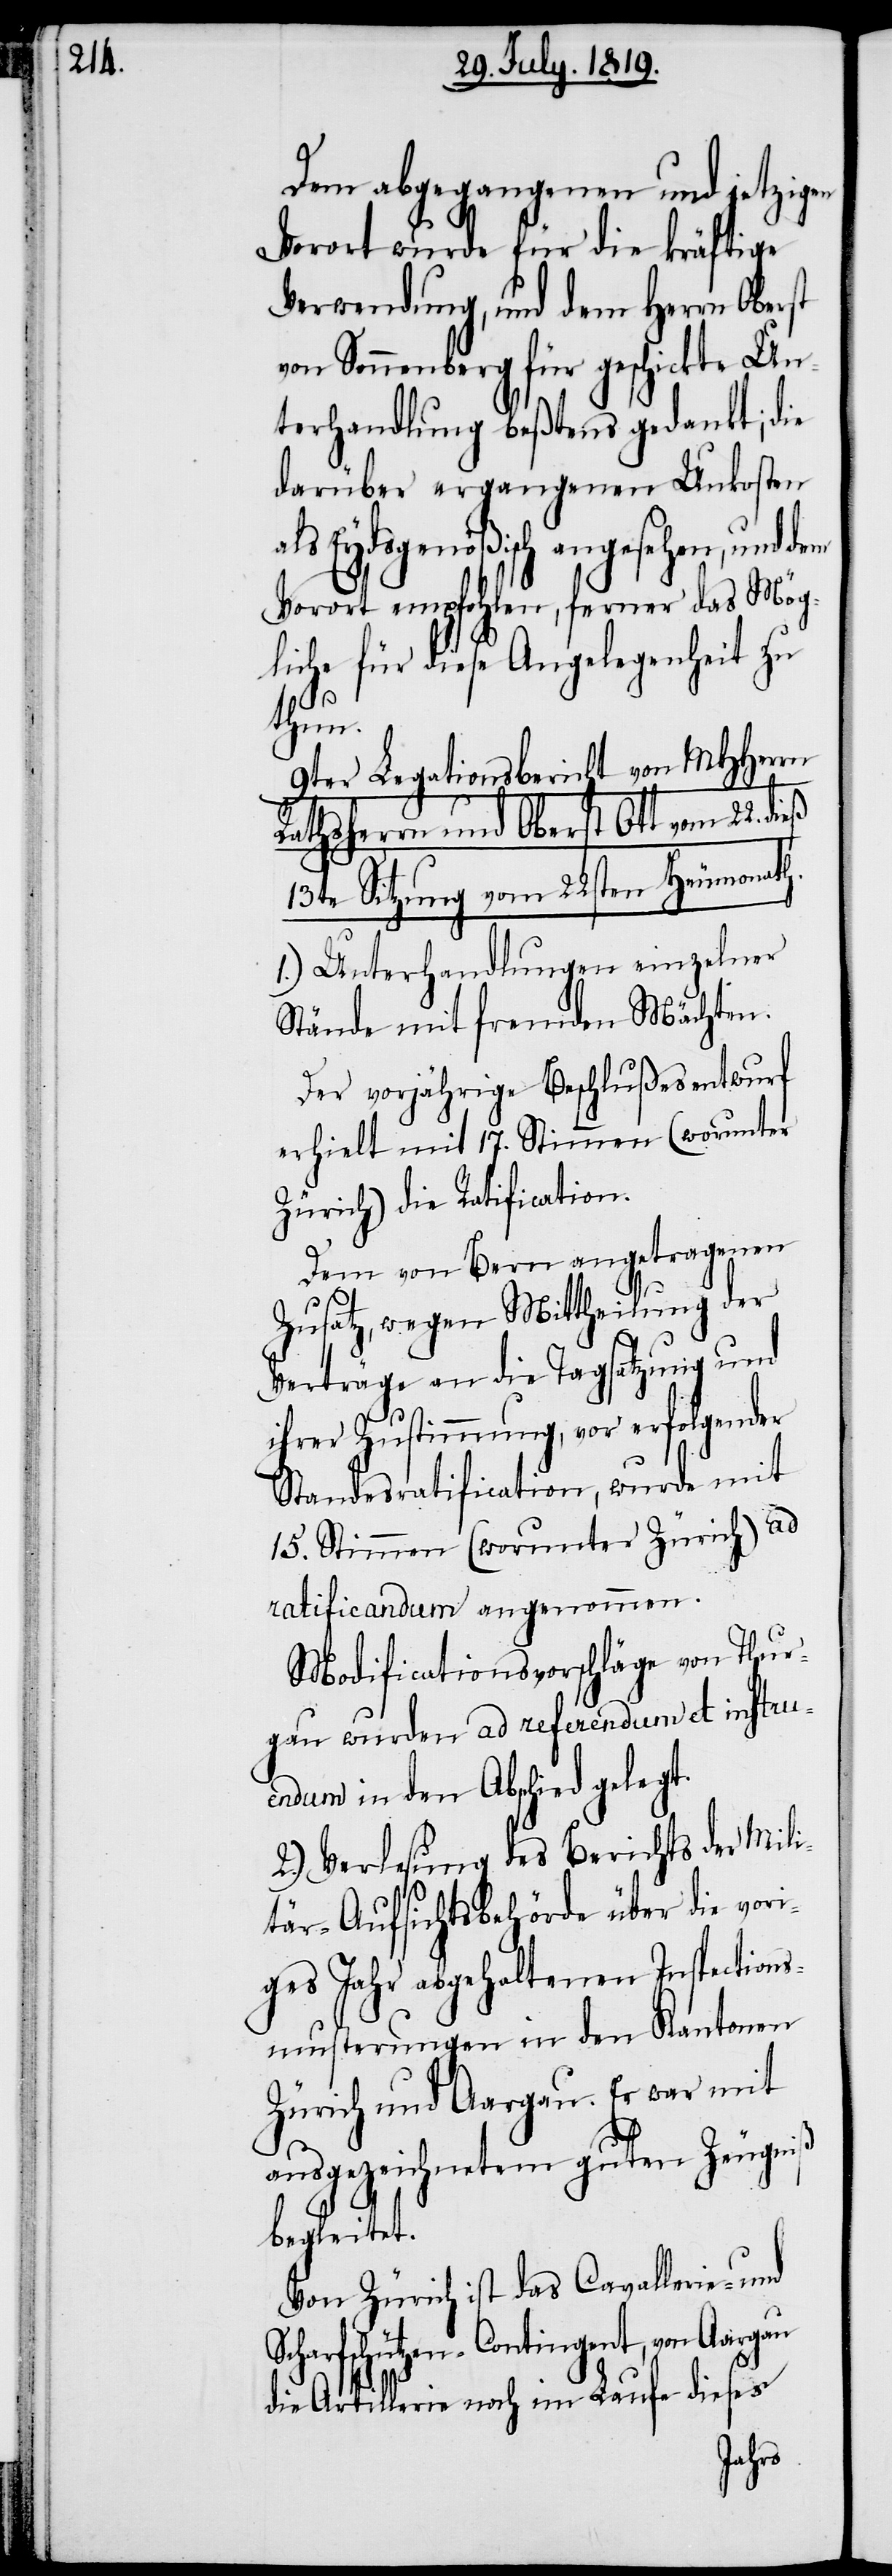
Dem abgegangenen und jetzigen
Vorort wurde für die kräftige
Verwendung, und dem Herrn Oberst
von Sonnenberg für geschickte Un¬
terhandlung beßtens gedankt; die
darüber ergangenen Unkosten
als Eydsgenößisch angesehen, und
Vorort empfohlen, ferner das Mög¬
liche für diese Angelegenheit zu
thun.
9ter Legationsbericht von MHHerrn
Rathsherrn und Oberst Ott vom 22.
13te Sitzung vom 22sten Heumonath.
1.) Unterhandlungen einzelner
Stände mit fremden Mächten.
Der vorjährige Beschlußesentwurf
erhielt mit 17. Stimmen (worunter
Zürich) die Ratification.
Dem von Bern angetragenen
Zusatz, wegen Mittheilung der
Verträge an die Tagsatzung und
ihrer Zustimmung, vor erfolgender
Standesratification, wurde mit
15. Stimmen (worunter Zürich) ad
ratificandum angenommen.
Modificationsvorschläge von Thur¬
gau wurden ad referendum et instru¬
endum in den Abschied gelegt.
2.) Verlesung des Berichts der Mili¬
tär-Aufsichtsbehörde über die vori¬
ges Jahr abgehaltenen Inspections¬
musterungen in den Kantonen
Zürich und Aargau. Er war mit
ausgezeichnetem guten Zeugniß
begleitet.
Von Zürich ist das Cavallerie- und
Scharfschützen-Contingent, von Aargau
die Artillerie noch im Laufe dieses